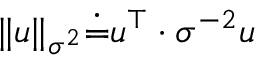
\| u \| _ { \sigma ^ { 2 } } \dot { = } u ^ { \top } \cdot { \sigma } ^ { - 2 } u